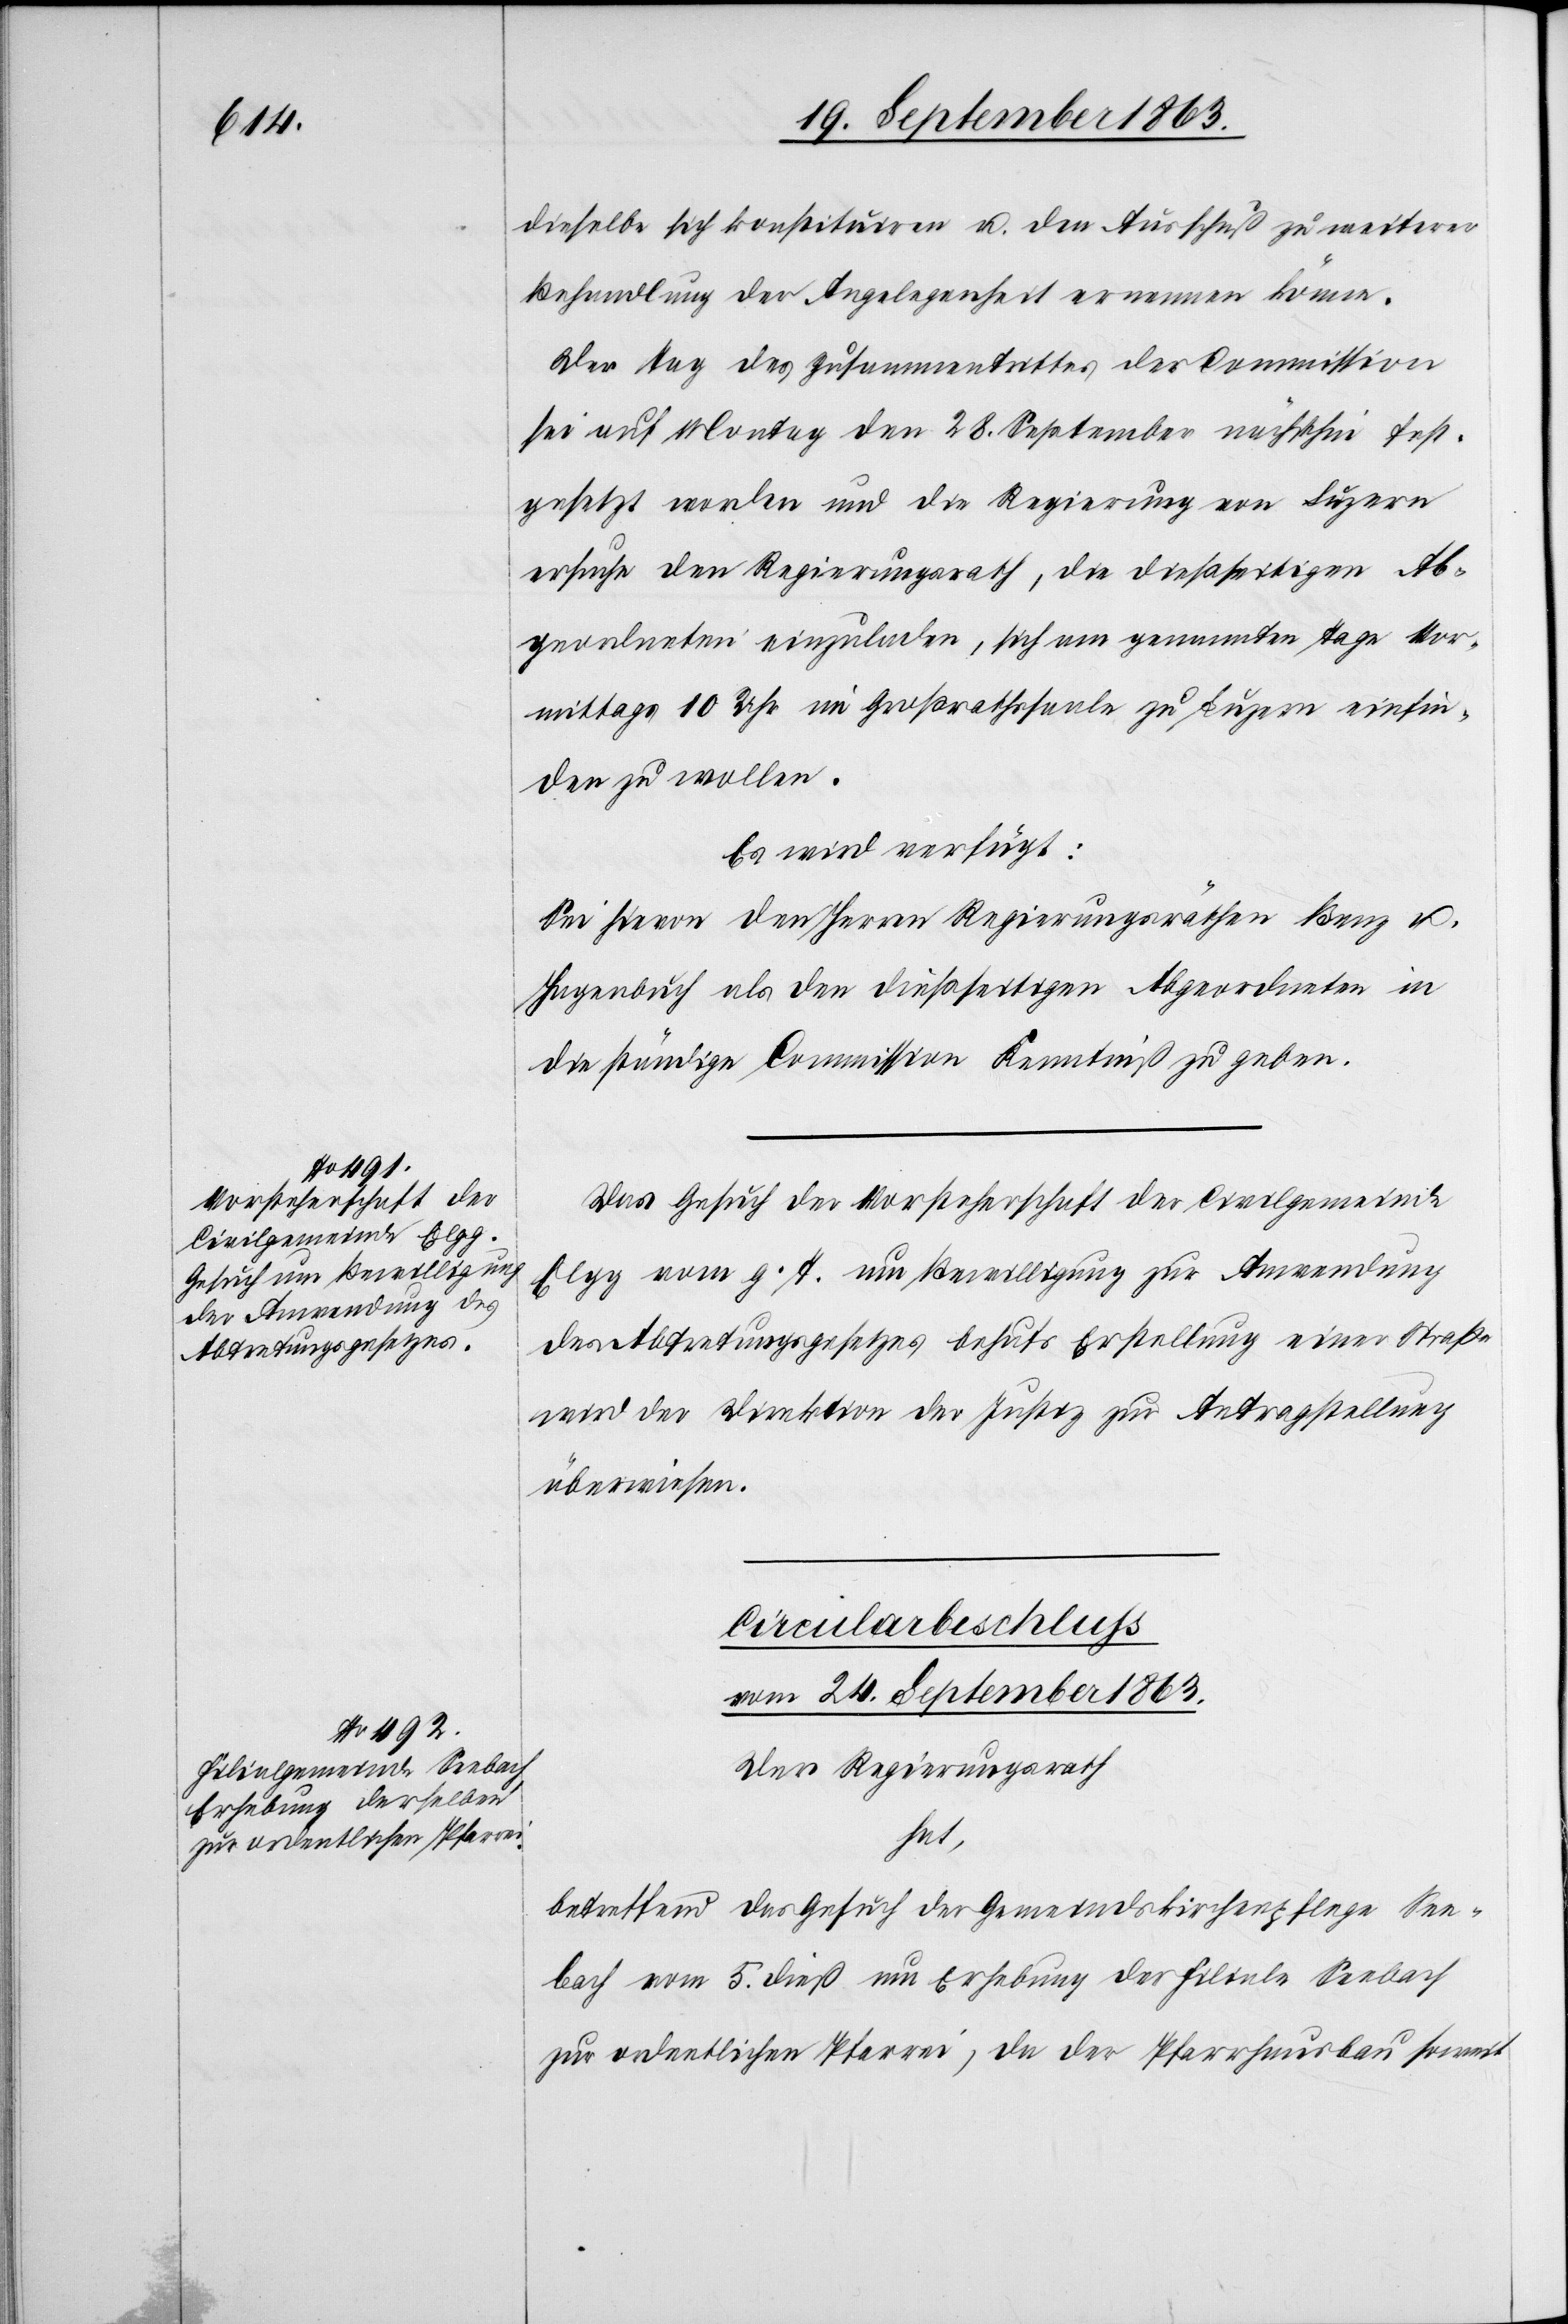
23. September 1863.]
dieselbe sich konstituiren u. den Ausschuß zu weiterer
Behandlung der Angelegenheit ernennen könne.
Der Tag des Zusammentrittes der Commission
sei auf Montag den 28. September nächsthin fest¬
gesetzt worden u. die Regierung von Luzern
ersuche den Regierungsrath, die dießseitigen Ab¬
geordneten einzuladen, sich am genannten Tage Vor¬
mittags 10 Uhr im Großrathssaale zu Luzern einfin¬
den zu wollen.
Es wird verfügt:
Sei hievon den Herren Regierungsräthen Benz u.
Hagenbuch als den dießseitigen Abgeordneten in
die ständige Commission Kenntniß zu geben.
Das Gesuch der Vorsteherschaft der Civilgemeinde
Elgg vom g. T. um Bewilligung zur Anwendung
des Abtretungsgesetzes behufs Erstellung einer Straße
wird der Direktion der Justiz zur Antragstellung
überwiesen.
Circularbeschluß
vom 24. September 1863.
Der Regierungsrath
hat,
betreffend das Gesuch der Gemeindskirchenpflege See¬
bach vom 5. dieß um Erhebung der Filiale Seebach
zur ordentlichen Pfarrei, da der Pfarrhausbau soweit